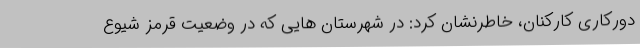
دورکاری کارکنان، خاطرنشان کرد: در شهرستان هایی که در وضعیت قرمز شیوع